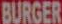
BURGER